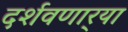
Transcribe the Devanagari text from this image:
दर्शवणार्‍या